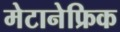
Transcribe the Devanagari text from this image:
मेटानेफ्रिक